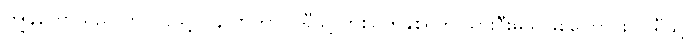
ကျွန်တော်သည် ကလပ်သို့ ပြန်လာကာ ပါရီသို့ တစ်ရက်နှစ်ရက် သွားဦးမည်ဖြစ်ကြောင်း၊ ပါရီသို့